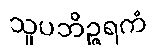
သူပဘိဉ္ဇရကံ